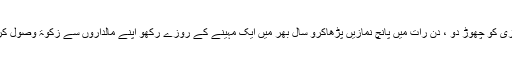
تم ایک اللہ کی عبادت کرو لات وعزیٰ کو چھوڑ دو ، دن رات میں پانچ نمازیں پڑھاکرو سال بھر میں ایک مہینے کے روزے رکھو اپنے مالداروں سے زکوٰۃ وصول کر کے اپنے فقیروں پر تقسیم کرو } ۔